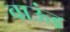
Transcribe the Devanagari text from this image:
वाऊंड